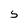
Character: 5